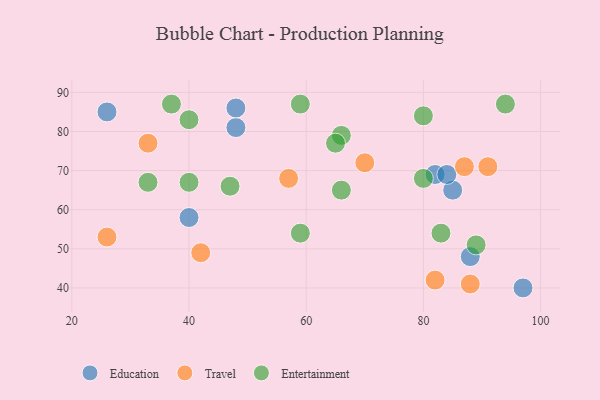
{"axis": {"x": "GDP", "y": "Life Expectancy"}, "legend": ["Education", "Entertainment", "Travel"], "data": [{"x": "85", "y": 65, "type": "Education"}, {"x": "48", "y": 81, "type": "Education"}, {"x": "82", "y": 69, "type": "Education"}, {"x": "40", "y": 58, "type": "Education"}, {"x": "26", "y": 85, "type": "Education"}, {"x": "97", "y": 40, "type": "Education"}, {"x": "48", "y": 86, "type": "Education"}, {"x": "88", "y": 48, "type": "Education"}, {"x": "84", "y": 69, "type": "Education"}, {"x": "33", "y": 77, "type": "Travel"}, {"x": "82", "y": 42, "type": "Travel"}, {"x": "91", "y": 71, "type": "Travel"}, {"x": "42", "y": 49, "type": "Travel"}, {"x": "57", "y": 68, "type": "Travel"}, {"x": "87", "y": 71, "type": "Travel"}, {"x": "26", "y": 53, "type": "Travel"}, {"x": "70", "y": 72, "type": "Travel"}, {"x": "88", "y": 41, "type": "Travel"}, {"x": "33", "y": 67, "type": "Entertainment"}, {"x": "83", "y": 54, "type": "Entertainment"}, {"x": "40", "y": 83, "type": "Entertainment"}, {"x": "37", "y": 87, "type": "Entertainment"}, {"x": "80", "y": 68, "type": "Entertainment"}, {"x": "80", "y": 84, "type": "Entertainment"}, {"x": "66", "y": 79, "type": "Entertainment"}, {"x": "59", "y": 87, "type": "Entertainment"}, {"x": "94", "y": 87, "type": "Entertainment"}, {"x": "59", "y": 54, "type": "Entertainment"}, {"x": "66", "y": 65, "type": "Entertainment"}, {"x": "65", "y": 77, "type": "Entertainment"}, {"x": "47", "y": 66, "type": "Entertainment"}, {"x": "89", "y": 51, "type": "Entertainment"}, {"x": "40", "y": 67, "type": "Entertainment"}]}